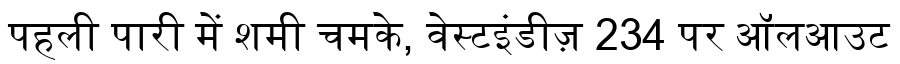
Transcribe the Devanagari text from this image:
पहली पारी में शमी चमके, वेस्टइंडीज़ 234 पर ऑलआउट